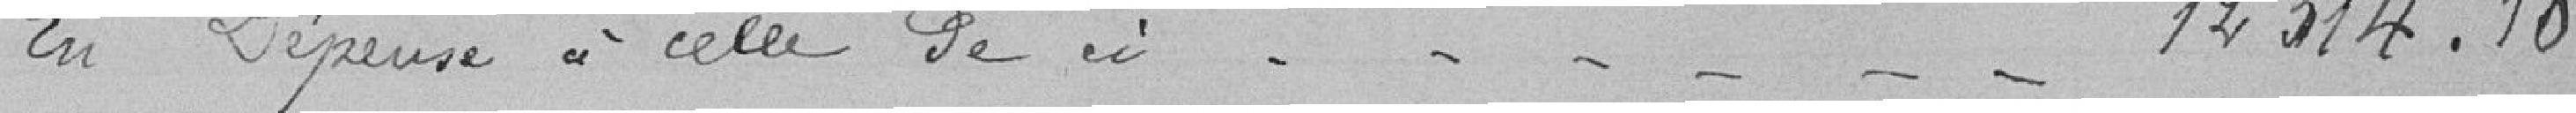
En Dépenses à celle de // - - - - - -           12314.18